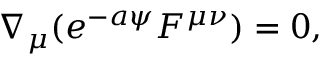
\nabla _ { \mu } ( e ^ { - a \psi } F ^ { \mu \nu } ) = 0 ,